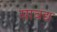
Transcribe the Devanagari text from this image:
सावद्य